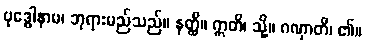
ဗုဒ္ဓေါနာမ၊ ဘုရားမည်သည်။ နတ္ထိ။ ဣတိ၊ သို့။ ဂဏှာတိ၊ ၏။